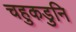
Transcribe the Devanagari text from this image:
चहुकडुनि